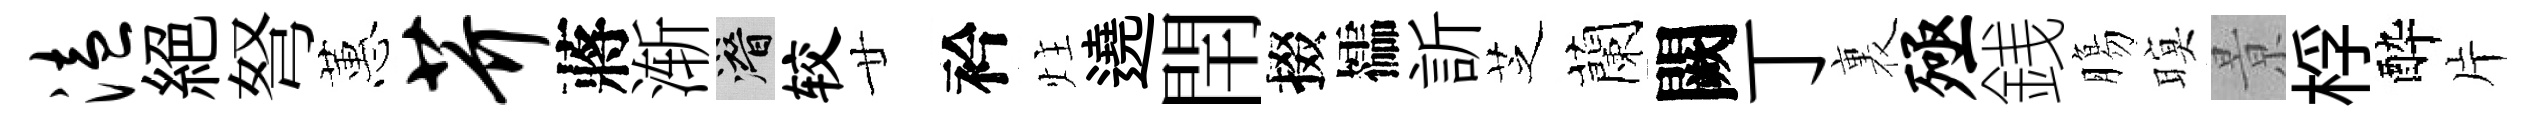
溘絶弩蕙芥蔣渐潜较廿衿炷遶閈掇櫺訢芝蘭闕丁裏殛銭膓暝㬌桴酔片